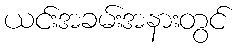
ယင်းအခမ်းအနားတွင်